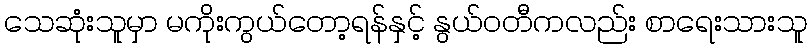
သေဆုံးသူမှာ မကိုးကွယ်တော့ရန်နှင့် နွယ်ဝတီကလည်း စာရေးသားသူ